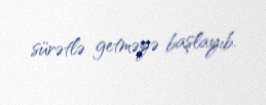
sürətlə getməyə başlayıb.